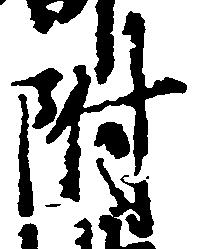
附